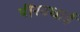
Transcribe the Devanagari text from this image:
पीरवधाई